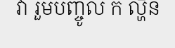
វា រួមបញ្ចូល ក ល្ហិន